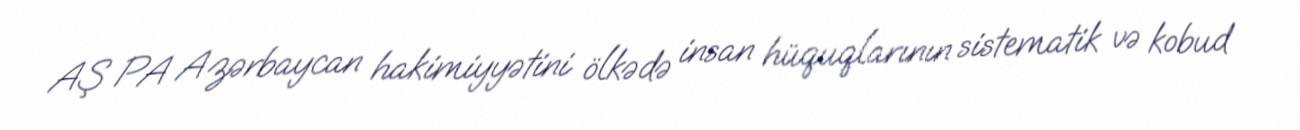
AŞ PA Azərbaycan hakimiyyətini ölkədə insan hüquqlarının sistematik və kobud